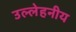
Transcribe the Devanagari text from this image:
उल्लेहनीय